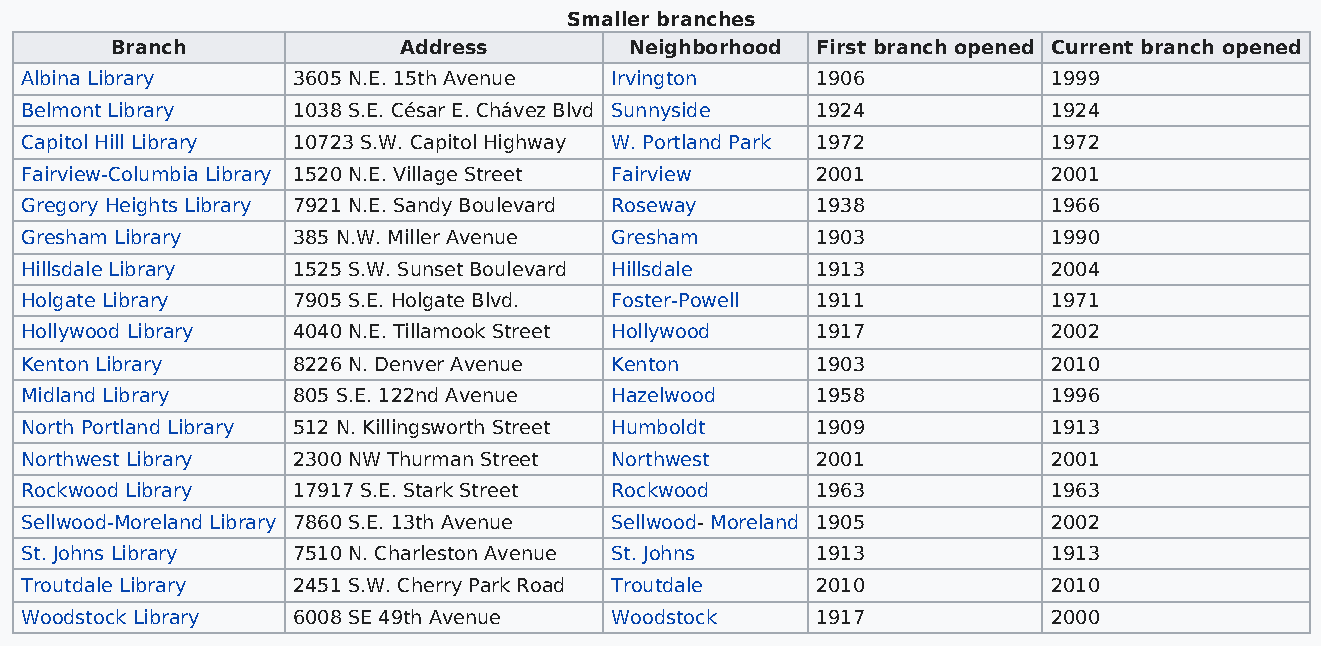
Smaller branches
 Branch             Address         Neighborhood First branch opened Current branch opened
 Albina Library    3605 N.E. 15th Avenue Irvington    1906            1999
 Belmont Library   1038 S.E. César E. Chávez Blvd Sunnyside 1924      1924
 Capitol Hill Library 10723 S.W. Capitol Highway W. Portland Park 1972 1972
 Fairview-Columbia Library 1520 N.E. Village Street Fairview 2001     2001
 Gregory Heights Library 7921 N.E. Sandy Boulevard Roseway 1938       1966
 Gresham Library   385 N.W. Miller Avenue Gresham     1903            1990
 Hillsdale Library 1525 S.W. Sunset Boulevard Hillsdale 1913          2004
 Holgate Library   7905 S.E. Holgate Blvd. Foster-Powell 1911         1971
 Hollywood Library 4040 N.E. Tillamook Street Hollywood 1917          2002
 Kenton Library    8226 N. Denver Avenue Kenton       1903            2010
 Midland Library   805 S.E. 122nd Avenue Hazelwood    1958            1996
 North Portland Library 512 N. Killingsworth Street Humboldt 1909     1913
 Northwest Library 2300 NW Thurman Street Northwest   2001            2001
 Rockwood Library  17917 S.E. Stark Street Rockwood   1963            1963
 Sellwood-Moreland Library 7860 S.E. 13th Avenue Sellwood- Moreland 1905 2002
 St. Johns Library 7510 N. Charleston Avenue St. Johns 1913           1913
 Troutdale Library 2451 S.W. Cherry Park Road Troutdale 2010          2010
 Woodstock Library 6008 SE 49th Avenue  Woodstock     1917            2000